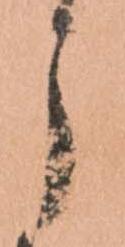
う